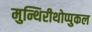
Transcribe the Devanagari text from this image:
मुन्थिरीथोप्पुकल